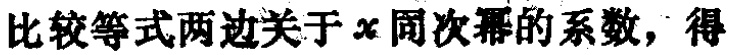
比较等式两边关于 \(x\) 同次幂的系数，得